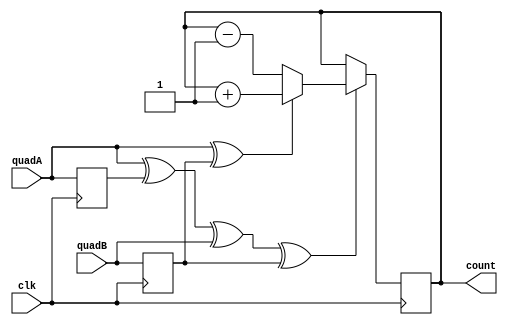
/*From https://www.fpga4fun.com/QuadratureDecoder.html*/

module quad #(parameter DEBOUNCE_TICKS = 5, parameter CLK_FREQ_HZ = 32_000_000)(
    input clk,
    input quadA,
    input quadB,
    output reg [23:0] count
    // output reg [23:0] count_per_millisecond,
    // output A_filtered,
    // output B_filtered
  );

  // wire quadA_debounced, quadB_debounced;
  //
  // grp_debouncer #(2,DEBOUNCE_TICKS) debounce(
  //   .clk_i(clk),
  //   .data_i({quadA,quadB}),
  //   .data_o({quadA_debounced,quadB_debounced})
  // );
  //
  // reg A_delayed, B_delayed;
  // always @(posedge clk) A_delayed <= quadA_debounced;
  // always @(posedge clk) B_delayed <= quadB_debounced;
  //
  // wire count_enable = quadA_debounced ^ A_delayed ^ quadB_debounced ^ B_delayed;
  // wire count_direction = quadA_debounced ^ B_delayed;

  reg A_delayed,B_delayed;
  always @(posedge clk) A_delayed <= quadA;
  always @(posedge clk) B_delayed <= quadB;

  wire count_enable = quadA ^ A_delayed ^ quadB ^ B_delayed;
  wire count_direction = quadA ^ B_delayed;

  always @(posedge clk)
  begin
    if(count_enable)
    begin
      if(count_direction) count<=count+1; else count<=count-1;
    end
  end

  // reg [31:0] millisecond_counter;
  // reg [31:0] count_prev;
  // always @(posedge clk) begin : VELOCITY_CALCULATION
  //   millisecond_counter <= millisecond_counter + 1;
  //   if((millisecond_counter%(CLK_FREQ_HZ/1000)==0)) begin
  //     count_per_millisecond <= (count_prev-count);
  //     count_prev <= count;
  //   end
  // end

endmodule